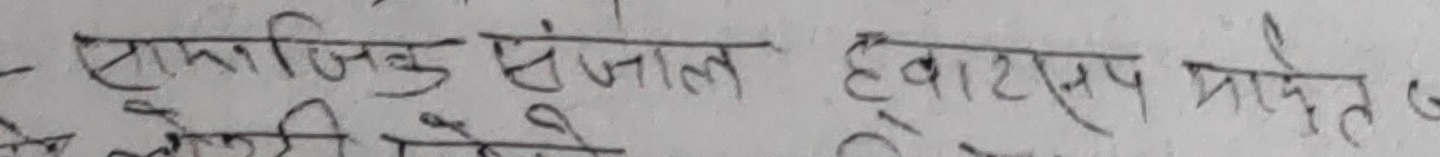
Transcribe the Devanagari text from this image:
सामाजिक संजाल हवाट्सप प्राप्त छ।